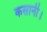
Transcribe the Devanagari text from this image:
कसानी।